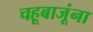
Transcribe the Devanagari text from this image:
चहूबाजूंना